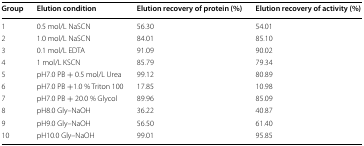
<table><thead><tr><td><b>Group</b></td><td><b>Elution condition</b></td><td><b>Elution recovery of protein (%)</b></td><td><b>Elution recovery of activity (%)</b></td></tr></thead><tbody><tr><td>1</td><td>0.5 mol/L NaSCN</td><td>56.30</td><td>54.01</td></tr><tr><td>2</td><td>1.0 mol/L NaSCN</td><td>84.01</td><td>85.10</td></tr><tr><td>3</td><td>0.1 mol/L EDTA</td><td>91.09</td><td>90.02</td></tr><tr><td>4</td><td>1 mol/L KSCN</td><td>85.79</td><td>79.34</td></tr><tr><td>5</td><td>pH7.0 PB + 0.5 mol/L Urea</td><td>99.12</td><td>80.89</td></tr><tr><td>6</td><td>pH7.0 PB +1.0 % Triton 100</td><td>17.85</td><td>10.98</td></tr><tr><td>7</td><td>pH7.0 PB + 20.0 % Glycol</td><td>89.96</td><td>85.09</td></tr><tr><td>8</td><td>pH8.0 Gly–NaOH</td><td>36.22</td><td>40.87</td></tr><tr><td>9</td><td>pH9.0 Gly–NaOH</td><td>56.50</td><td>61.40</td></tr><tr><td>10</td><td>pH10.0 Gly–NaOH</td><td>99.01</td><td>95.85</td></tr></tbody></table>